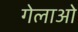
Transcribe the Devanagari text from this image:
गेलाओ